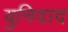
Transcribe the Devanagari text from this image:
युनिदाद